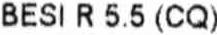
BESI R 5.5 (CQ)